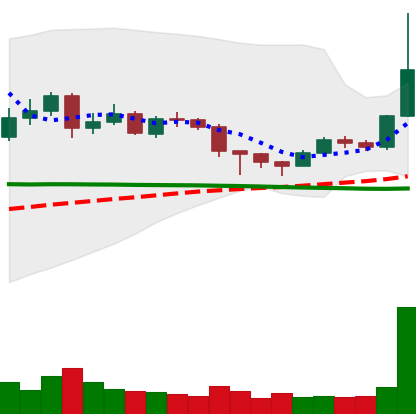
Ticker: DOGE-USD
Chart end date: 2020-12-17
Forward return: 20.858%
Label: up_7plus